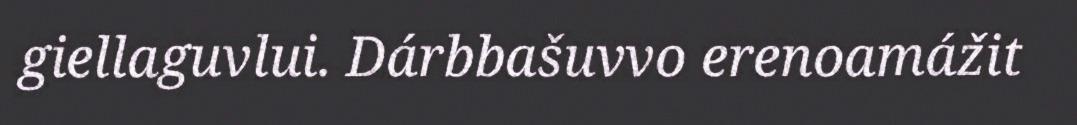
giellaguvlui. Dárbbašuvvo erenoamážit